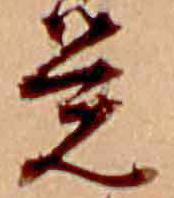
覚